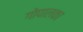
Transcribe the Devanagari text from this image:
गोपालका